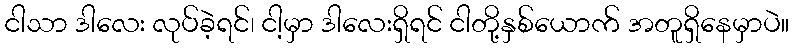
ငါသာ ဒါလေး လုပ်ခဲ့ရင်၊ ငါ့မှာ ဒါလေးရှိရင် ငါတို့နှစ်ယောက် အတူရှိနေမှာပဲ။